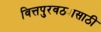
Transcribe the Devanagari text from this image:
वित्तपुरवठ्यासाठी